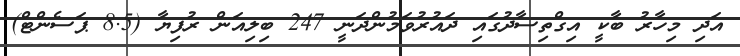
އަދި މިހާރު ބާކީ އިގްތިސާދުގައި ދައުރުވަމުންދަނީ 247 ބިލިއަން ރުފިޔާ (8.5 ޕަސެންޓް)